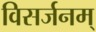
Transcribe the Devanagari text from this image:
विसर्जनम्